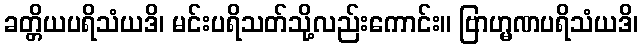
ခတ္တိယပရိသံယဒိ၊ မင်းပရိသတ်သို့လည်းကောင်း။ ဗြာဟ္မဏပရိသံယဒိ၊